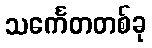
သင်္ကေတတစ်ခု